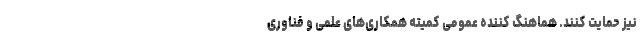
نیز حمایت کنند. هماهنگ کننده عمومی کمیته همکاری‌های علمی و فناوری